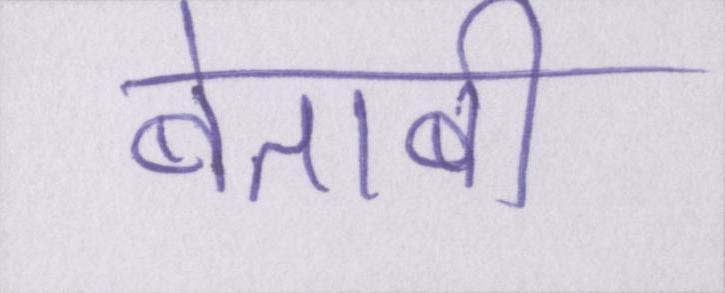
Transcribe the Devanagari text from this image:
बेताबी